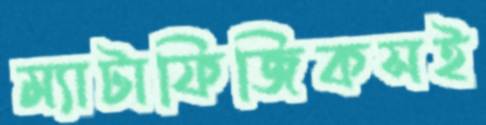
ম্যাটাফিজিকসই